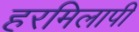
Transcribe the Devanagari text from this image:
हरमिलापी